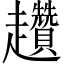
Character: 趲